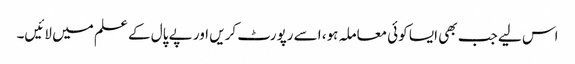
اس لیے جب بھی ایسا کوئی معاملہ ہو، اسے رپورٹ کریں اور پے پال کے علم میں لائیں۔